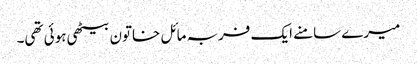
میرے سامنے ایک فربہ مائل خاتون بیٹھی ہوئی تھی۔